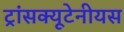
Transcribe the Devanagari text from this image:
ट्रांसक्यूटेनीयस